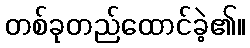
တစ်ခုတည်ထောင်ခဲ့၏။